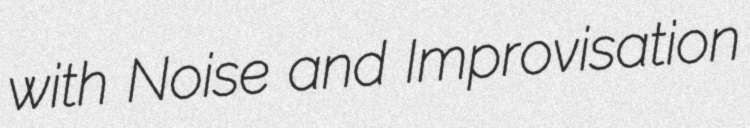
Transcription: with Noise and Improvisation